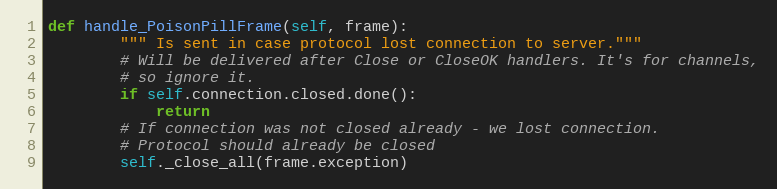
Language: Python
def handle_PoisonPillFrame(self, frame):
        """ Is sent in case protocol lost connection to server."""
        # Will be delivered after Close or CloseOK handlers. It's for channels,
        # so ignore it.
        if self.connection.closed.done():
            return
        # If connection was not closed already - we lost connection.
        # Protocol should already be closed
        self._close_all(frame.exception)